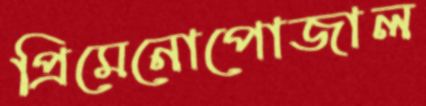
প্রিমেনোপোজাল